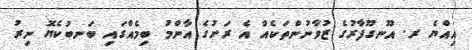
އިއްޔެ ރ. އޫނގޫފާރުގެ ޒުވާނުންތަކެއް އެ ރަށުގެ އާންމު ބިމެއްގައި ބަނބުކެޔޮ ނިރު